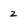
Character: 2